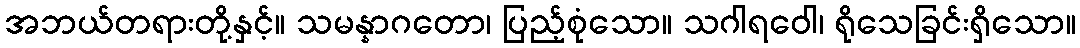
အဘယ်တရားတို့နှင့်။ သမန္နာဂတော၊ ပြည့်စုံသော။ သဂါရဝေါ၊ ရိုသေခြင်းရှိသော။